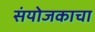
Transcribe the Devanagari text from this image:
संयोजकाचा